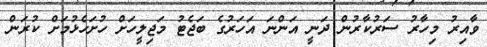
ވާއިރު މިހާރު ސަރުކާރުން ދަނީ އަންނަ އަހަރުގެ ބަޖެޓު މަޖިލީހަށް ހުށަހެޅުމަށް ކުރަން